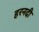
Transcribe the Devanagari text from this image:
हरनदी